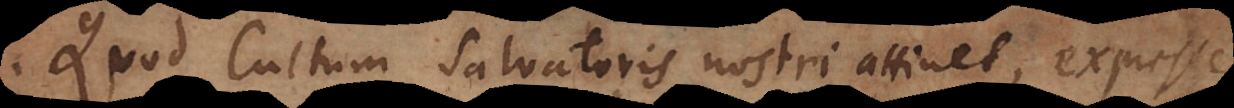
. Quod Cultum Salvatoris nostri attinet, expresse